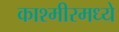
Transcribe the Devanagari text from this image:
काश्‍मीरमध्ये